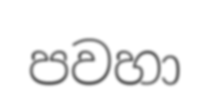
පවහා